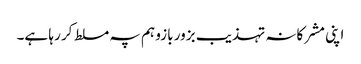
اپنی مشرکانہ تہذیب بزور بازو ہم پہ مسلط کر رہا ہے۔